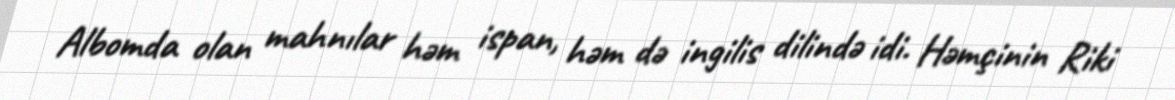
Albomda olan mahnılar həm ispan, həm də ingilis dilində idi. Həmçinin Riki